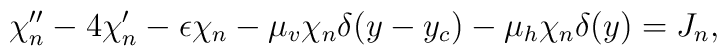
~\chi''_n  - 4  \chi'_n - \epsilon \chi_n -\mu_v \chi_n \delta(y-y_c) - \mu_h \chi_n \delta(y)  =  J_n,